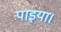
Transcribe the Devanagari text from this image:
पाइया।